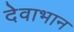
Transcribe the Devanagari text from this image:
देवाभान